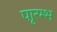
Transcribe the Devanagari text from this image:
पाृरम्भ